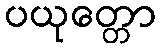
ပယုတ္တော